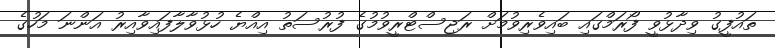
ތައުފީގު ވިދާޅުވީ ފޯރަމްގައި ބައިވެރިވުމަށް ރަޖިސްޓްރީވުމުގެ ފުރުސަތު އިއްޔެ ހުޅުވާލާފައިވާއިރު އަންނަ މަހުގެ